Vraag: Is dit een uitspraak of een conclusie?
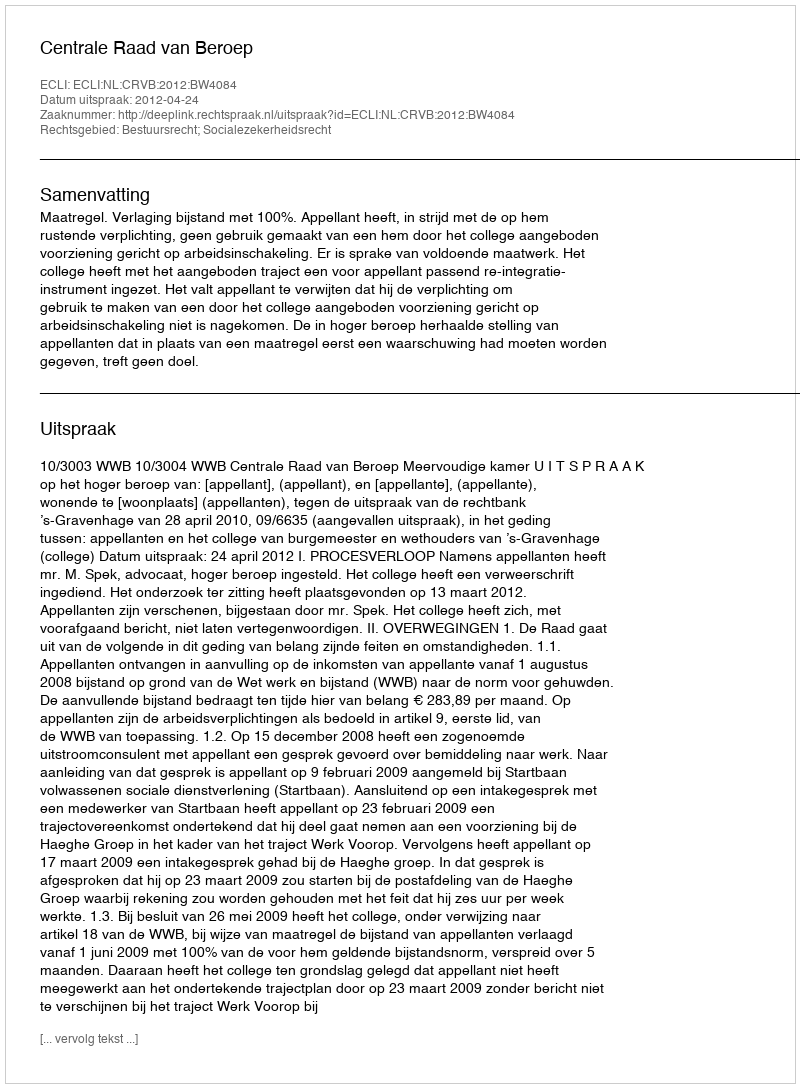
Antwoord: Uitspraak